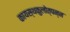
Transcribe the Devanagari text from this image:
कायस्थकुलोत्पन्न